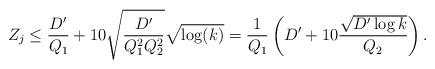
LaTeX: \begin{align*}Z_j \leq \frac{D'}{Q_1} + 10 \sqrt{\frac{D'}{Q_1^2Q_2^2}} \sqrt{\log(k)} = \frac{1}{Q_1}\left( D' + 10\frac{\sqrt{D' \log k}}{Q_2} \right).\end{align*}